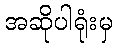
အဆိုပါရုံးမှ